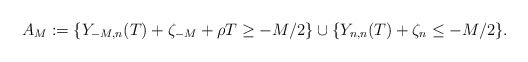
\begin{align*}A_M:=\{Y_{-M,n}(T)+\zeta_{-M}+\rho T\geq-M/2\}\cup\{Y_{n,n}(T)+\zeta_n\leq-M/2\}.\end{align*}